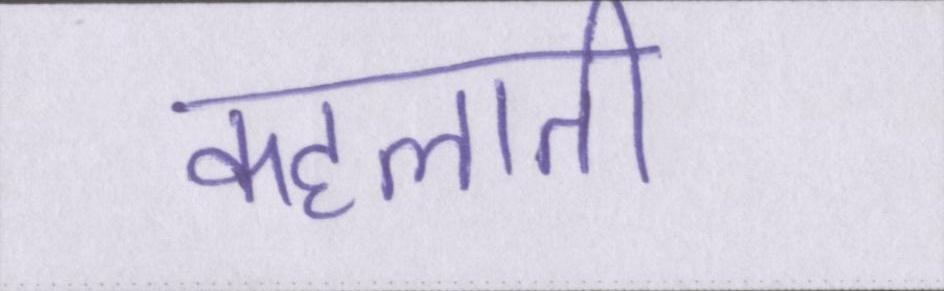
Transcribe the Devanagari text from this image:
कहलाती